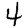
Digit: 4